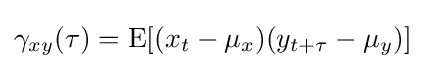
\gamma _{xy}(\tau )=\operatorname {E} [(x_{t}-\mu _{x})(y_{t+\tau }-\mu _{y})]